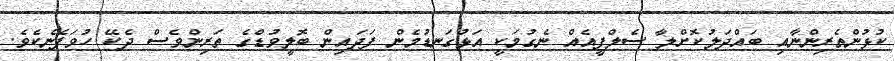
ކުޅުންތެރިންނާއި ބައްދަލުކޮށްލާ ސެލްފީއެއް ނެގުމަކީ އަޅުގަނޑުމެން ފަދައިން ބޮލީވުޑްގެ ތަރިންވެސް ދެކޭ ހުވަފެނެކެވެ.